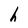
Character: h